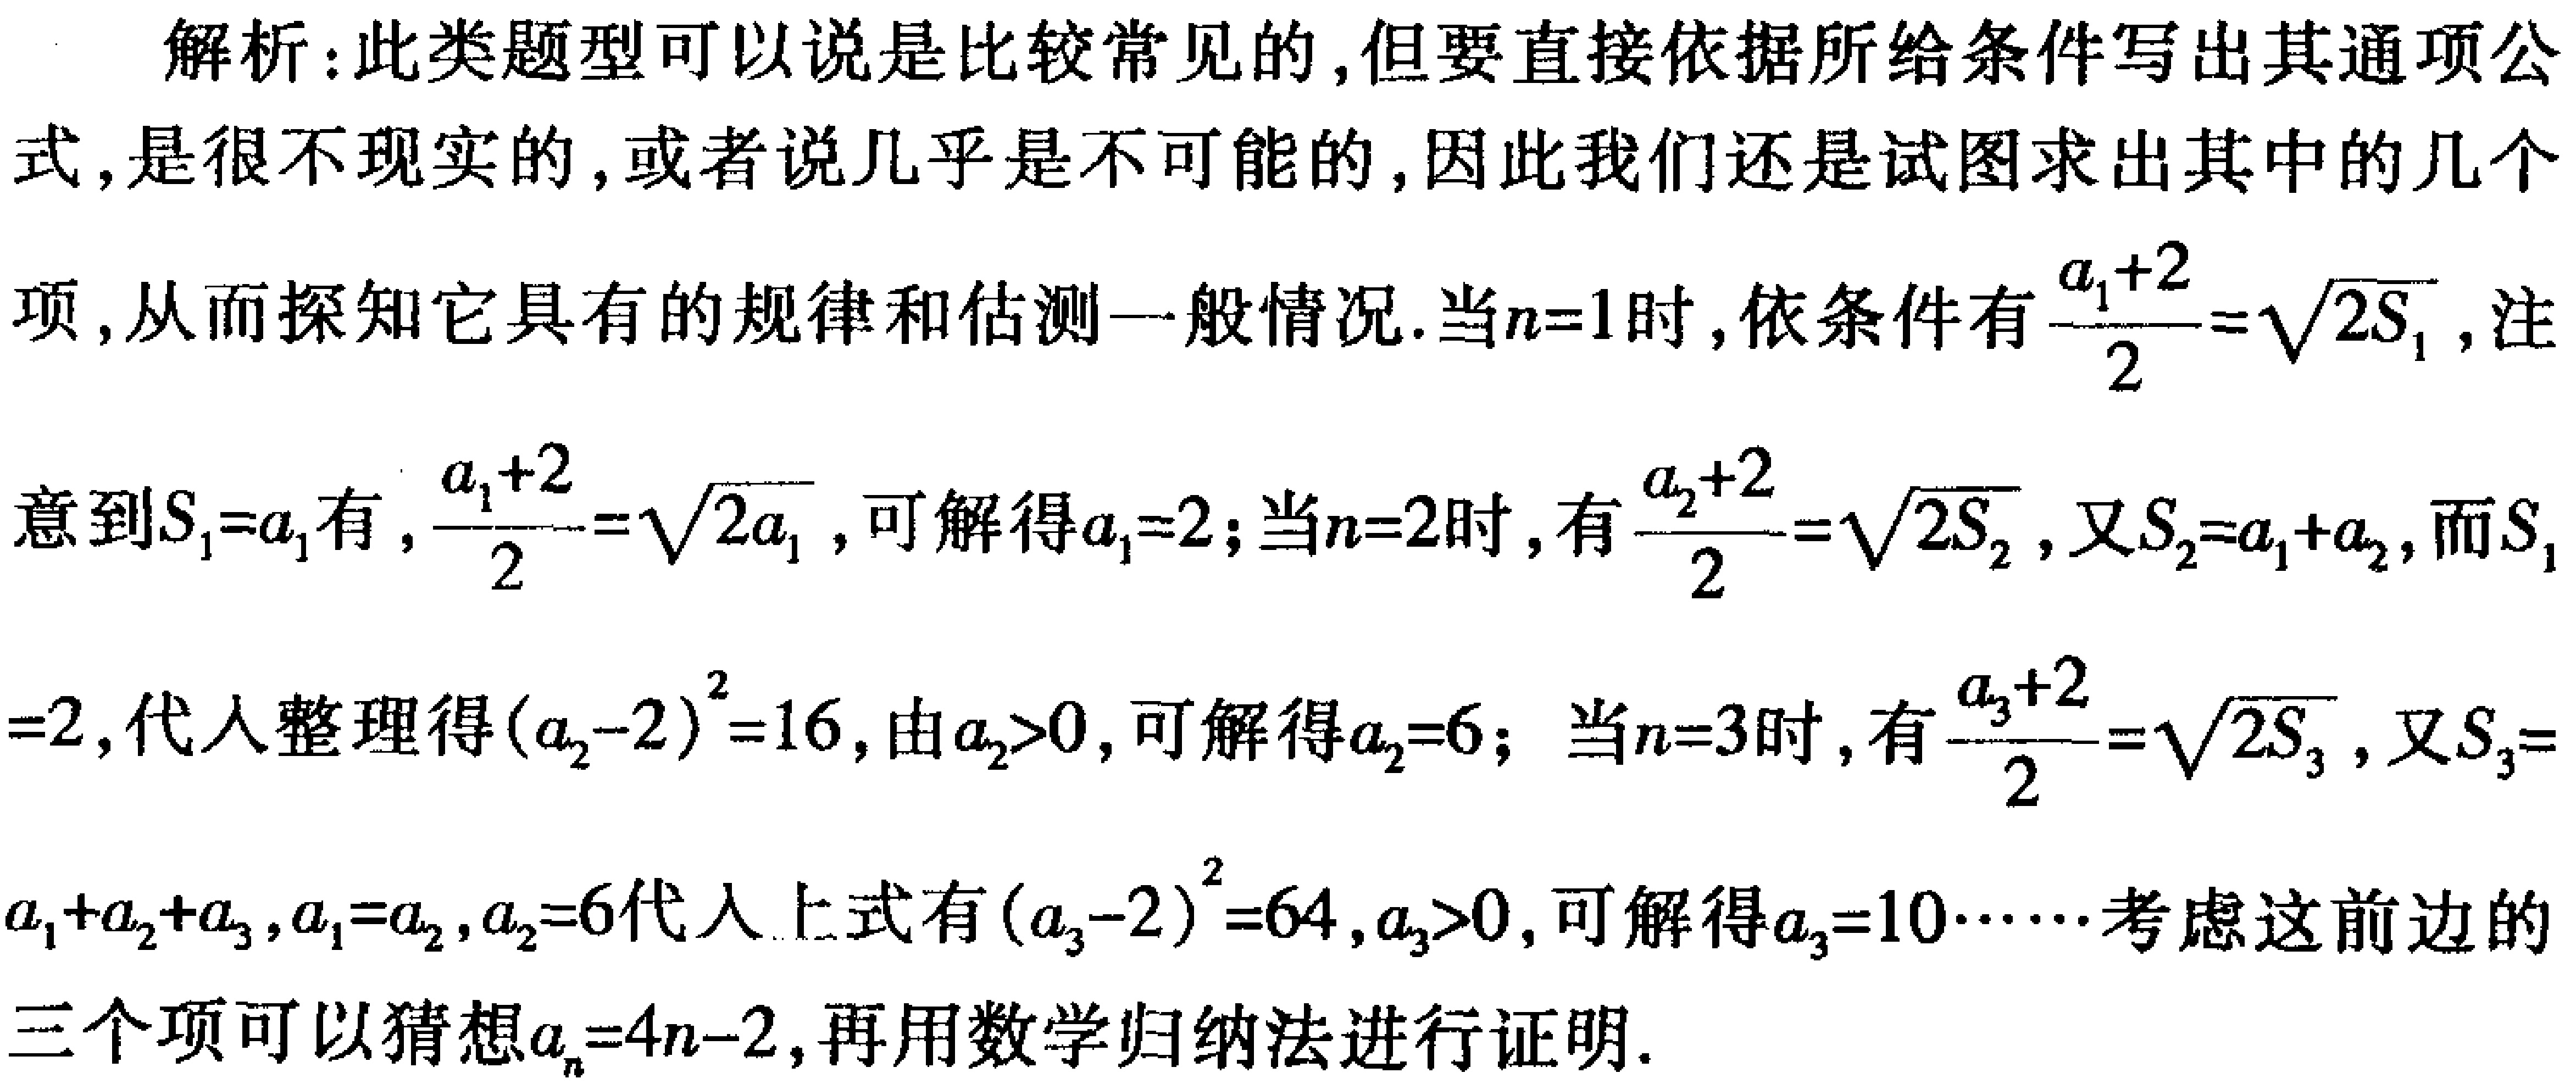
解析：此类题型可以说是比较常见的,但要直接依据所给条件写出其通项公式,是很不现实的,或者说几乎是不可能的,因此我们还是试图求出其中的几个项,从而探知它具有的规律和估测一般情况.当\(n = 1\)时,依条件有\(\frac{a_{1}+2}{2}=\sqrt{2S_{1}}\),注意到\(S_{1}=a_{1}\)有,\(\frac{a_{1}+2}{2}=\sqrt{2a_{1}}\),可解得\(a_{1}=2\);当\(n = 2\)时,有\(\frac{a_{2}+2}{2}=\sqrt{2S_{2}}\),又\(S_{2}=a_{1}+a_{2}\),而\(S_{1}=2\),代入整理得\((a_{2}-2)^{2}=16\),由\(a_{2}>0\),可解得\(a_{2}=6\); 当\(n = 3\)时,有\(\frac{a_{3}+2}{2}=\sqrt{2S_{3}}\),又\(S_{3}=a_{1}+a_{2}+a_{3}\),\(a_{1}=2\),\(a_{2}=6\)代入上式有\((a_{3}-2)^{2}=64\),\(a_{3}>0\),可解得\(a_{3}=10\cdots\cdots\)考虑这前边的三个项可以猜想\(a_{n}=4n - 2\),再用数学归纳法进行证明.